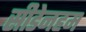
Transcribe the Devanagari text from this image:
सीडेनहम